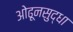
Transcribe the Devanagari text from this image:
ओढूनसुद्धा